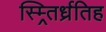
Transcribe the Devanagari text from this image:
स्म्र्तिर्ध्रतिह